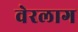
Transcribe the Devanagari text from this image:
वेरलाग